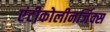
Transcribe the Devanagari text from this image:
एंटीकोलीनर्जिक्स